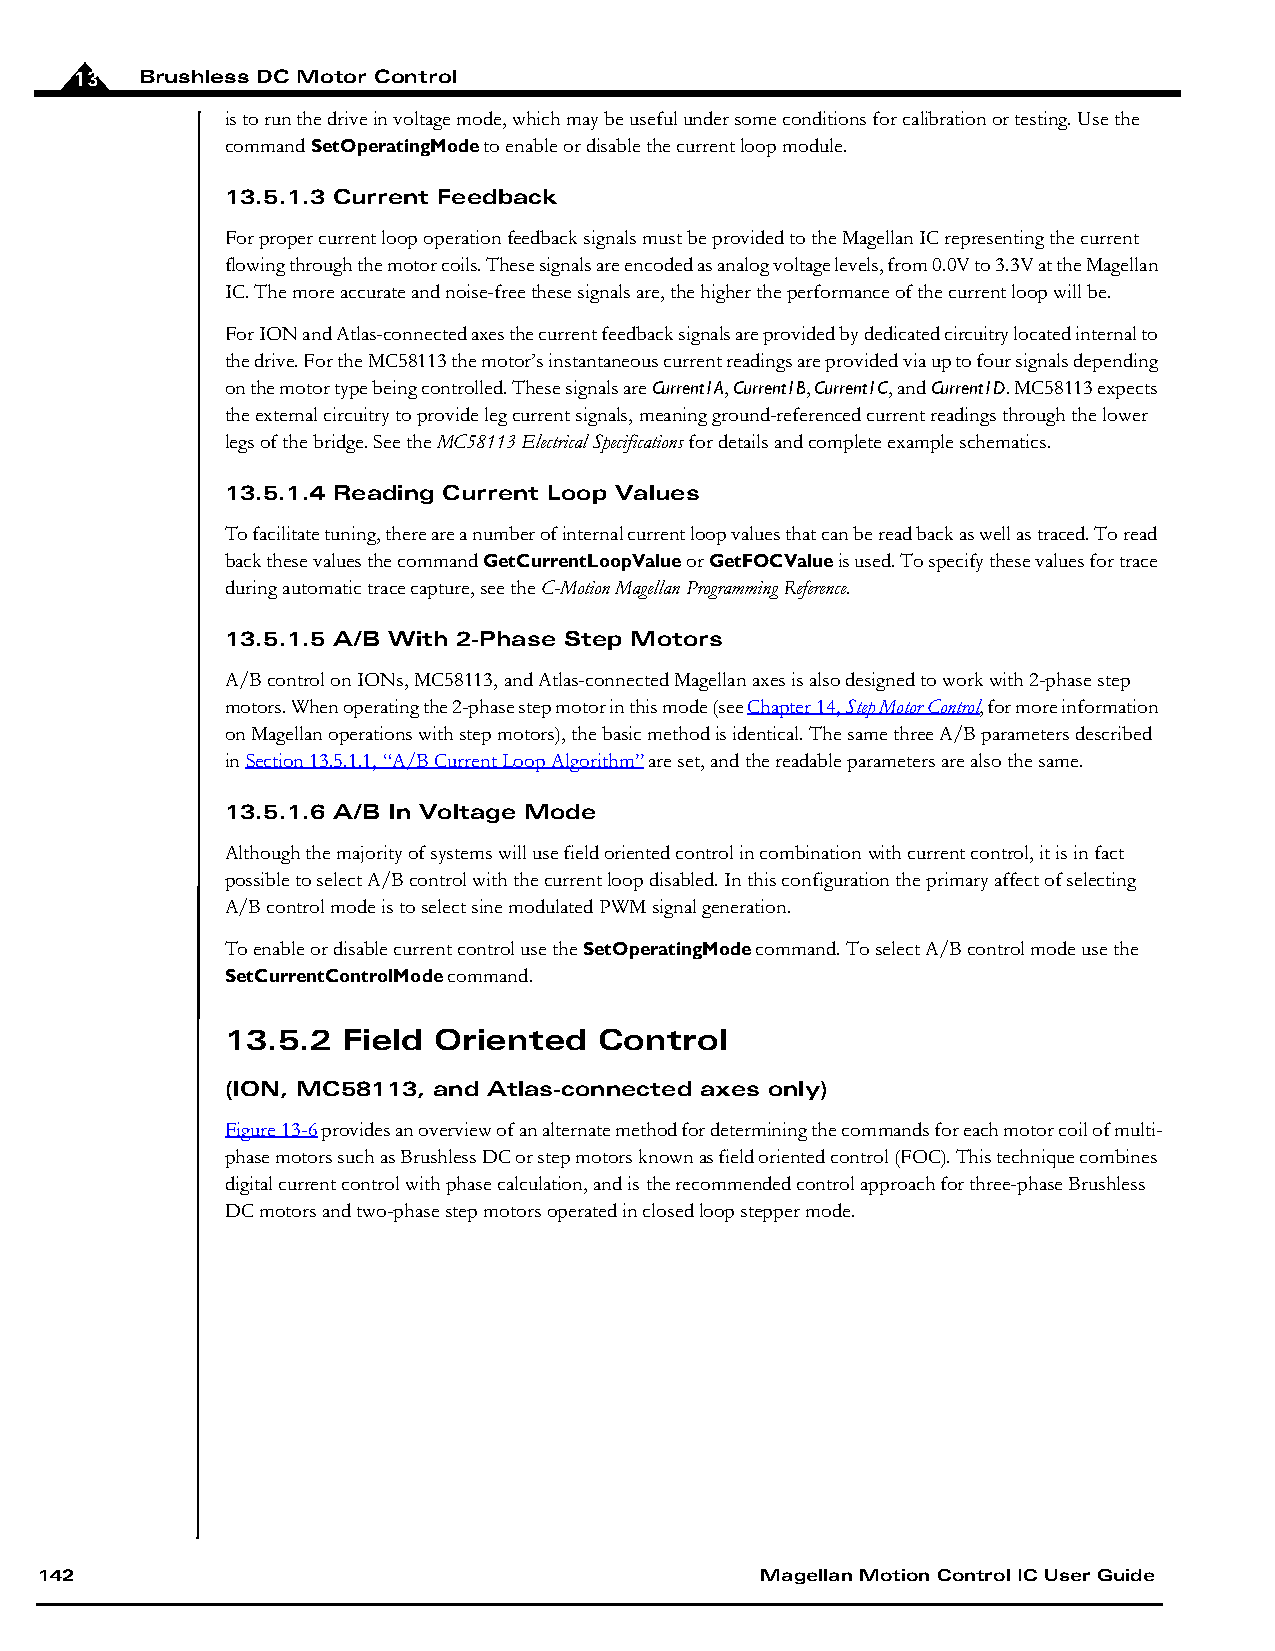
13  Brushless DC Motor Control
 is to run the drive in voltage mode, which may be useful under some conditions for calibration or testing. Use the
 command SetOperatingMode to enable or disable the current loop module.
 13.5.1.3 Current Feedback
 For proper current loop operation feedback signals must be provided to the Magellan IC representing the current
 flowing through the motor coils. These signals are encoded as analog voltage levels, from 0.0V to 3.3V at the Magellan
 IC. The more accurate and noise-free these signals are, the higher the performance of the current loop will be.
 For ION and Atlas-connected axes the current feedback signals are provided by dedicated circuitry located internal to
 the drive. For the MC58113 the motor’s instantaneous current readings are provided via up to four signals depending
 on the motor type being controlled. These signals are Current1A, Current1B, Current1C, and Current1D. MC58113 expects
 the external circuitry to provide leg current signals, meaning ground-referenced current readings through the lower
 legs of the bridge. See the MC58113 Electrical Specifications for details and complete example schematics.
 13.5.1.4 Reading Current Loop Values
 To facilitate tuning, there are a number of internal current loop values that can be read back as well as traced. To read
 back these values the command GetCurrentLoopValue or GetFOCValue is used. To specify these values for trace
 during automatic trace capture, see the C-Motion Magellan Programming Reference.
 13.5.1.5 A/B With 2-Phase Step Motors
 A/B control on IONs, MC58113, and Atlas-connected Magellan axes is also designed to work with 2-phase step
 motors. When operating the 2-phase step motor in this mode (see Chapter14, Step Motor Control, for more information
 on Magellan operations with step motors), the basic method is identical. The same three A/B parameters described
 in Section 13.5.1.1, “A/B Current Loop Algorithm” are set, and the readable parameters are also the same.
 13.5.1.6 A/B In Voltage Mode
 Although the majority of systems will use field oriented control in combination with current control, it is in fact
 possible to select A/B control with the current loop disabled. In this configuration the primary affect of selecting
 A/B control mode is to select sine modulated PWM signal generation.
 To enable or disable current control use the SetOperatingMode command. To select A/B control mode use the
 SetCurrentControlMode command.
 13.5.2  Field Oriented   Control
 (ION, MC58113, and Atlas-connected axes only)
 Figure13-6 provides an overview of an alternate method for determining the commands for each motor coil of multi-
 phase motors such as Brushless DC or step motors known as field oriented control (FOC). This technique combines
 digital current control with phase calculation, and is the recommended control approach for three-phase Brushless
 DC motors and two-phase step motors operated in closed loop stepper mode.
 142                                             Magellan Motion Control IC User Guide